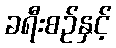
ခရီးစဉ်နှင့်